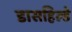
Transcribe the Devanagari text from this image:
डासहिल्डे